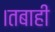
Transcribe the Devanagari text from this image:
।तबाही